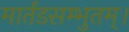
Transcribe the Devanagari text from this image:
मार्तंडसम्भुतम्।